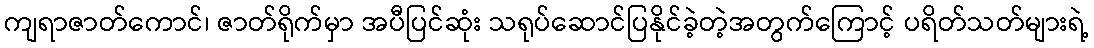
ကျရာဇာတ်ကောင်၊ ဇာတ်ရိုက်မှာ အပီပြင်ဆုံး သရုပ်ဆောင်ပြနိုင်ခဲ့တဲ့အတွက်ကြောင့် ပရိတ်သတ်များရဲ့